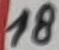
Text: 18